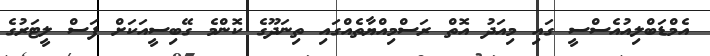
އެމްޑަބްލިއުއެސްސީ ގައި މިއަދު އޮތް ރަސްމިއްޔާތެއްގައި ތިނަދޫގެ ކޮންމެ ގޭބިސީއަކަށް ފަސް ލީޓަރުގެ